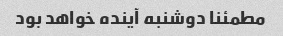
مطمئنا دوشنبه آینده خواهد بود